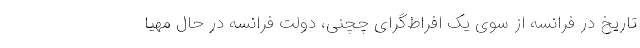
تاریخ در فرانسه از سوی یک افراط‌گرای چچنی، دولت فرانسه در حال مهیا